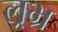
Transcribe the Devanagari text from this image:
ल्रभ्र